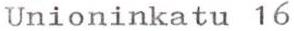
Unioninkatu 16